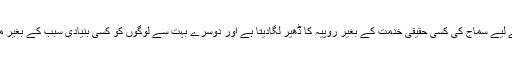
یہ کاروبار کچھ لوگوں کے لیے سماج کی کسی حقیقی خدمت کے بغیر روپیہ کا ڈھیر لگادیتا ہے اور دوسرے بہت سے لوگوں کو کسی بنیادی سبب کے بغیر مفلس اور کنگال بنادیتا ہے۔